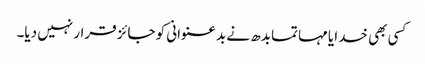
کسی بھی خدا یا مہاتما بدھ نے بد عنوانی کو جائز قرار نہیں دیا۔